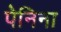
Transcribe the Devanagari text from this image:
पेनिना